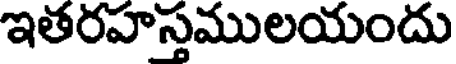
ఇతరహస్తములయందు